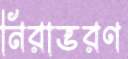
নিরাভরণ